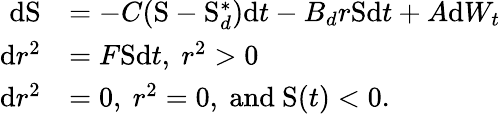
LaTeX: \begin{array}{rl}{\mathrm{d}\mathrm{S}}&{=-C(\mathrm{S}-\mathrm{S}_{d}^{\ast})\mathrm{d}t-B_{d}r\mathrm{S}\mathrm{d}t+A\mathrm{d}W_{t}}\\ {\mathrm{d}r^{2}}&{=F\mathrm{S}\mathrm{d}t,\mathrm{~}r^{2}>0}\\ {\mathrm{d}r^{2}}&{=0,\mathrm{~}r^{2}=0,\mathrm{~and~}\mathrm{S}(t)<0.}\end{array}